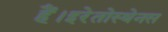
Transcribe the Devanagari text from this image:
हैं।इरेतोस्थेनस